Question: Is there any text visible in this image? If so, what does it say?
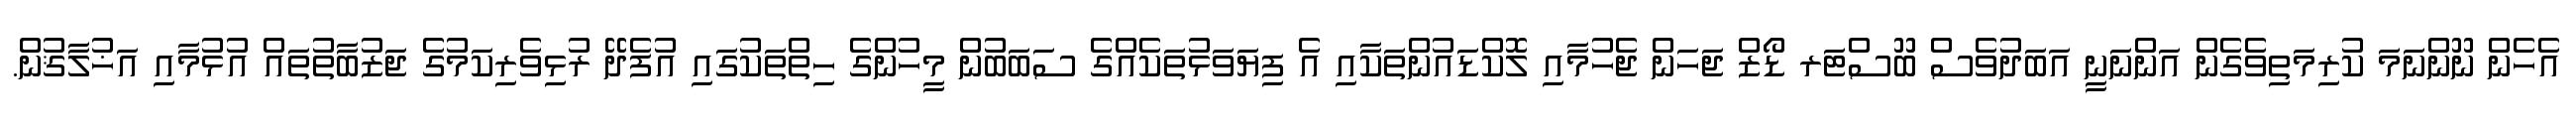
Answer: އެހެން ނޫންނަމަ ކުރިމަތިވެގެން އަންނަނީ އަބަދުވެސް ބޫސްޓަރ ޑޯޒް ޖަހަން ޖެހުމާއި ލޮކްޑައުންތަކާއި އެ ފިޔަވަޅުތަކެއްގެ ސަބަބުން މީހުންގެ ހިތްތަކުގައި އުފެދޭ ރުޅިވެރިކަމުގެ ޖަޒުބާތުތައް އުޅުމާއި އަޚުލާޤުން.